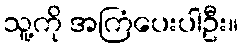
သူ့ကို အကြံပေးပါဦး။